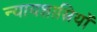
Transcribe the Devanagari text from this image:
न्यायशास्त्रियों